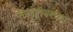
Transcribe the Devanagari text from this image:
सरहद्दीवरच्या